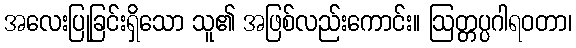
အလေးပြုခြင်းရှိသော သူ၏ အဖြစ်လည်းကောင်း။ ဩတ္တပ္ပဂါရဝတာ၊